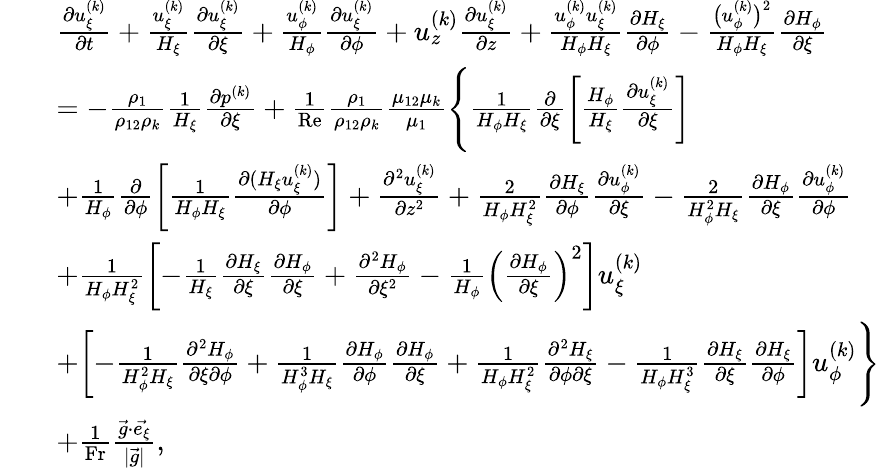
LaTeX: \begin{array}{rl}&{\begin{array}{rl}&{\frac{\partial u_{\xi}^{(k)}}{\partial t}+\frac{u_{\xi}^{(k)}}{H_{\xi}}\frac{\partial u_{\xi}^{(k)}}{\partial\xi}+\frac{u_{\phi}^{(k)}}{H_{\phi}}\frac{\partial u_{\xi}^{(k)}}{\partial\phi}+u_{z}^{(k)}\frac{\partial u_{\xi}^{(k)}}{\partial z}+\frac{u_{\phi}^{(k)}u_{\xi}^{(k)}}{H_{\phi}H_{\xi}}\frac{\partial H_{\xi}}{\partial\phi}-\frac{\big(u_{\phi}^{(k)}\big)^{2}}{H_{\phi}H_{\xi}}\frac{\partial H_{\phi}}{\partial\xi}}\\ &{=-\frac{\rho_{1}}{\rho_{12}\rho_{k}}\frac{1}{H_{\xi}}\frac{\partial p^{(k)}}{\partial\xi}+\frac{1}{\mathrm{Re}}\frac{\rho_{1}}{\rho_{12}\rho_{k}}\frac{\mu_{12}\mu_{k}}{\mu_{1}}\Biggl\{ \frac{1}{H_{\phi}H_{\xi}}\frac{\partial}{\partial\xi}\biggl[\frac{H_{\phi}}{H_{\xi}}\frac{\partial u_{\xi}^{(k)}}{\partial\xi}\biggr]}\\ &{+\frac{1}{H_{\phi}}\frac{\partial}{\partial\phi}\biggl[\frac{1}{H_{\phi}H_{\xi}}\frac{\partial(H_{\xi}u_{\xi}^{(k)})}{\partial\phi}\biggr]+\frac{\partial^{2}u_{\xi}^{(k)}}{\partial z^{2}}+\frac{2}{H_{\phi}H_{\xi}^{2}}\frac{\partial H_{\xi}}{\partial\phi}\frac{\partial u_{\phi}^{(k)}}{\partial\xi}-\frac{2}{H_{\phi}^{2}H_{\xi}}\frac{\partial H_{\phi}}{\partial\xi}\frac{\partial u_{\phi}^{(k)}}{\partial\phi}}\\ &{+\frac{1}{H_{\phi}H_{\xi}^{2}}\biggl[-\frac{1}{H_{\xi}}\frac{\partial H_{\xi}}{\partial\xi}\frac{\partial H_{\phi}}{\partial\xi}+\frac{\partial^{2}H_{\phi}}{\partial\xi^{2}}-\frac{1}{H_{\phi}}\left(\frac{\partial H_{\phi}}{\partial\xi}\right)^{2}\biggr]u_{\xi}^{(k)}}\\ &{+\biggl[-\frac{1}{H_{\phi}^{2}H_{\xi}}\frac{\partial^{2}H_{\phi}}{\partial\xi\partial\phi}+\frac{1}{H_{\phi}^{3}H_{\xi}}\frac{\partial H_{\phi}}{\partial\phi}\frac{\partial H_{\phi}}{\partial\xi}+\frac{1}{H_{\phi}H_{\xi}^{2}}\frac{\partial^{2}H_{\xi}}{\partial\phi\partial\xi}-\frac{1}{H_{\phi}H_{\xi}^{3}}\frac{\partial H_{\xi}}{\partial\xi}\frac{\partial H_{\xi}}{\partial\phi}\biggr]u_{\phi}^{(k)}\Biggr\} }\\ &{+\frac{1}{\mathrm{Fr}}\frac{\vec{g}\cdot\vec{e_{\xi}}}{|\vec{g}|},}\end{array}}\end{array}